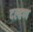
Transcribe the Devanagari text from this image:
दल्हण